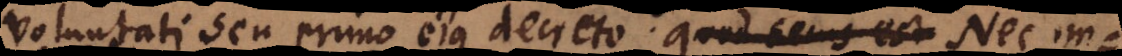
voluntati seu primo ejus decretoquod secus est. Nec imp